Document type: Sale
Year: 1423
Scribe: Joan Franc
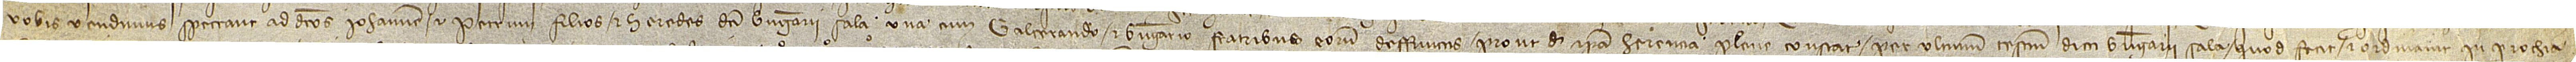
vobis vendimus spectant ad dictos Iohannem et Petrum, filios et heredes dicti Berengarii Sala, una cum Galcerando et Berengario, fratribus eorum, deffunctos, prout de ipsa herencia plene constat per ultimum testamentum dicti Berengarii Sala, quod fecit et ordinavit in parrochia